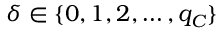
\delta \in \{ 0 , 1 , 2 , \dots , q _ { C } \}